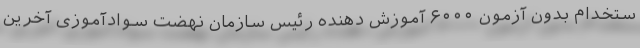
ستخدام بدون آزمون ۶۰۰۰ آموزش دهنده رئیس سازمان نهضت سوادآموزی آخرین